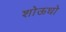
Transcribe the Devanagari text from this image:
शोऊधो